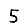
Digit: 5